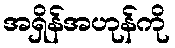
အရှိန်အဟုန်ကို